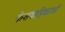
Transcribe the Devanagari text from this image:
केशवाहिकाओं